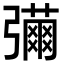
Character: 𢐳